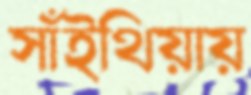
সাঁইথিয়ায়